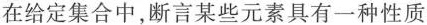
在给定集合中，断言某些元素具有一种性质